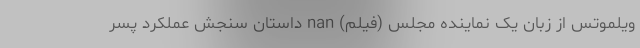
ویلموتس از زبان یک نماینده مجلس (فیلم) nan داستان سنجش عملکرد پسر